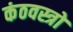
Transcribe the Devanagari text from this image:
कंठवस्त्रों